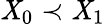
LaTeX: \mathit{X}_{0}\prec\mathit{X}_{1}